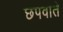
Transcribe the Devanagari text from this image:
छपवाते